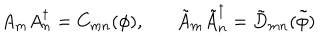
A _ { m } A _ { n } ^ { \dagger } = C _ { m n } ( \phi ) , \tilde { A } _ { m } \tilde { A } _ { n } ^ { \dagger } = \tilde { D } _ { m n } ( \tilde { \phi } )